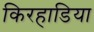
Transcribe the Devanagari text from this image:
किरहाडिया